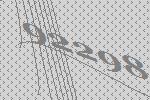
92298